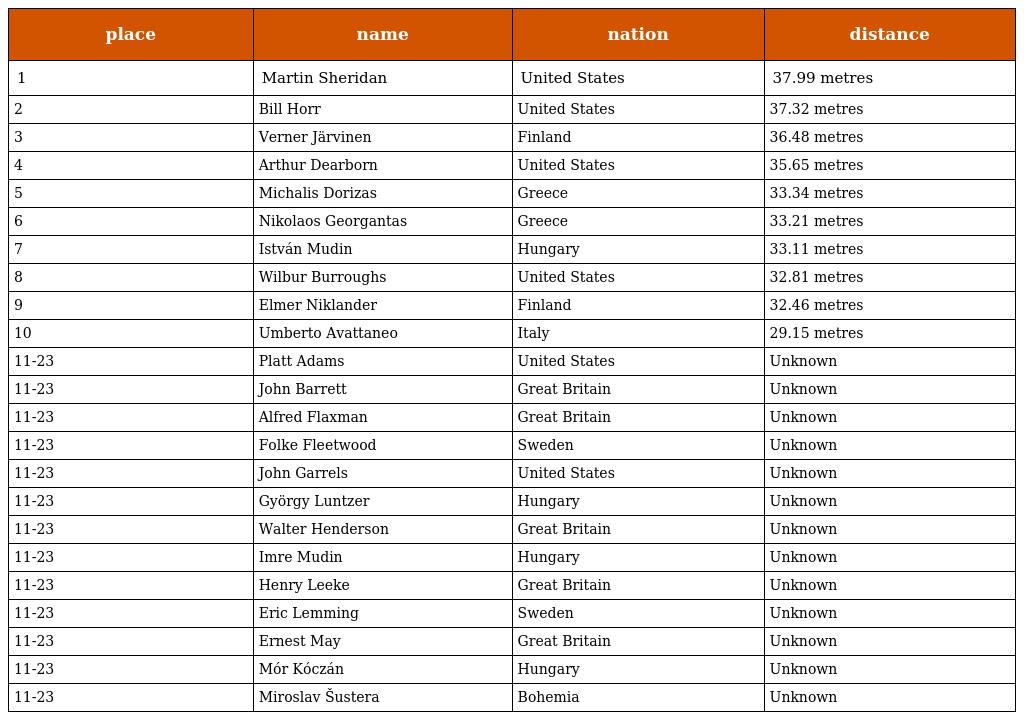
| place | name | nation | distance |
 | --- | --- | --- | --- |
 | 1 | Martin Sheridan | United States | 37.99 metres |
 | 2 | Bill Horr | United States | 37.32 metres |
 | 3 | Verner Järvinen | Finland | 36.48 metres |
 | 4 | Arthur Dearborn | United States | 35.65 metres |
 | 5 | Michalis Dorizas | Greece | 33.34 metres |
 | 6 | Nikolaos Georgantas | Greece | 33.21 metres |
 | 7 | István Mudin | Hungary | 33.11 metres |
 | 8 | Wilbur Burroughs | United States | 32.81 metres |
 | 9 | Elmer Niklander | Finland | 32.46 metres |
 | 10 | Umberto Avattaneo | Italy | 29.15 metres |
 | 11-23 | Platt Adams | United States | Unknown |
 | 11-23 | John Barrett | Great Britain | Unknown |
 | 11-23 | Alfred Flaxman | Great Britain | Unknown |
 | 11-23 | Folke Fleetwood | Sweden | Unknown |
 | 11-23 | John Garrels | United States | Unknown |
 | 11-23 | György Luntzer | Hungary | Unknown |
 | 11-23 | Walter Henderson | Great Britain | Unknown |
 | 11-23 | Imre Mudin | Hungary | Unknown |
 | 11-23 | Henry Leeke | Great Britain | Unknown |
 | 11-23 | Eric Lemming | Sweden | Unknown |
 | 11-23 | Ernest May | Great Britain | Unknown |
 | 11-23 | Mór Kóczán | Hungary | Unknown |
 | 11-23 | Miroslav Šustera | Bohemia | Unknown |